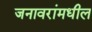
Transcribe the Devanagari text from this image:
जनावरांमधील